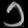
Digit: ၁